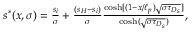
\begin{array} { r } { s ^ { \ast } ( x , \sigma ) = \frac { s _ { i } } { \sigma } + \frac { ( s _ { H } - s _ { i } ) } { \sigma } \frac { \cosh [ ( 1 - x / \ell _ { p } ) \sqrt { \sigma \tau _ { D _ { s } } } ] } { \cosh ( \sqrt { \sigma \tau _ { D _ { s } } } ) } , } \end{array}